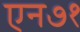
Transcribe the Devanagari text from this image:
एन७१